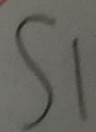
S _ { 1 }